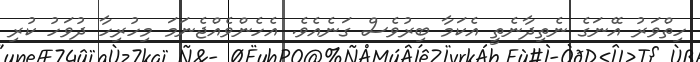
ހިތްވަރު އޭނަގެ ނެތިދާނެތީ އެކަމާ ބިރުވެސް ގަނެއެވެ. އެހެންވެއްޖެނަމަ މިހުރިހާ ދުވަހު ކުރި